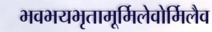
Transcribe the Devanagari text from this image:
भवभयभृतामूर्मिलेवोर्मिलैव